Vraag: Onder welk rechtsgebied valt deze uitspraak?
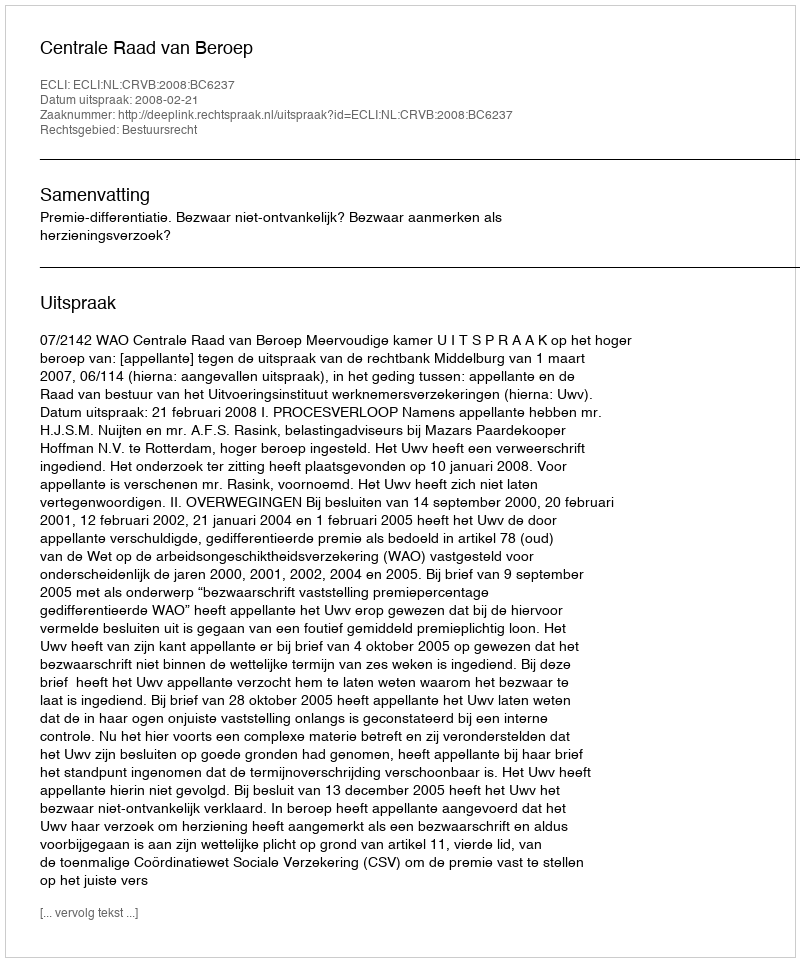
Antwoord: Bestuursrecht